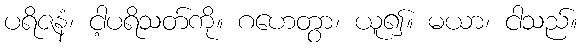
ပရိဇနံ၊ ငါ့ပရိသတ်ကို။ ဂဟေတွာ၊ ယူ၍။ မယာ၊ ငါသည်။